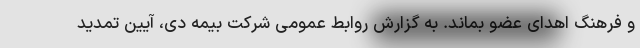
و فرهنگ اهدای عضو بماند. به گزارش روابط عمومی شرکت بیمه دی، آیین تمدید